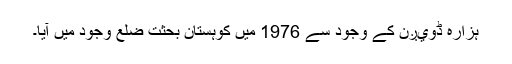
ہزارہ ڈويږن کے وجود سے 1976 ميں کوہستان بحثت ضلع وجود ميں آيا۔